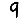
Digit: 9